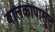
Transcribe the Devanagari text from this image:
बालकापासून